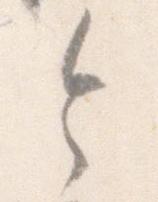
令